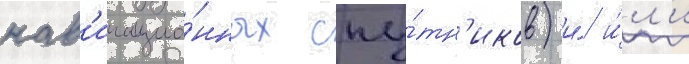
нав'игацио́нных спу́тн'иков) и́/ и́л'и